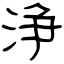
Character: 浄